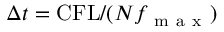
{ \Delta } t = \mathrm { C F L } / ( N f _ { \mathrm { ~ m ~ a ~ x ~ } } )